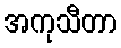
အကုသီတာ